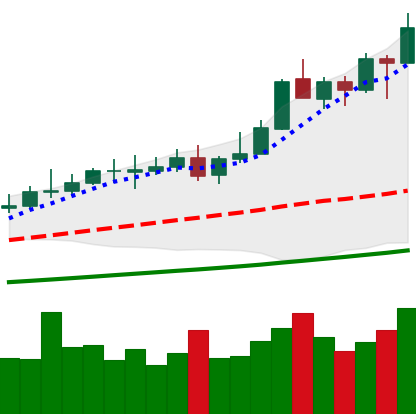
Ticker: XMR-USD
Chart end date: 2021-04-17
Forward return: -5.295%
Label: down_5_7